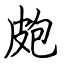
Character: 皰